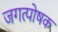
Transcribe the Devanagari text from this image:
जगत्पोषक